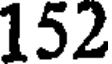
152